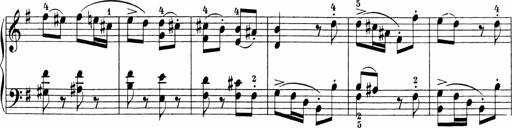
Title: 3 Sonatinas
Composer: Carl Reinecke